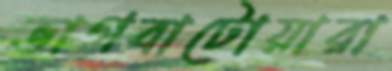
ভাগবাটোয়ারা